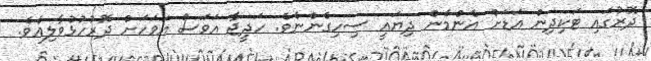
ދޮރުގައި ޓަކިދިން އަޑަށް އެންމެން ދިޔައީ ސިހިގެންނެވެ. ހަދީޖާ އަވަސް އަވަހަށް ދޮރުހުޅުވާލިއެވެ.